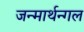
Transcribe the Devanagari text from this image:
जन्मार्थन्गल